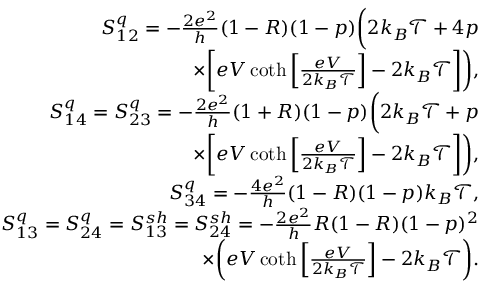
\begin{array} { r } { S _ { 1 2 } ^ { q } = - \frac { 2 e ^ { 2 } } { h } ( 1 - R ) ( 1 - p ) \bigg ( 2 k _ { B } \mathcal { T } + 4 p } \\ { \times \bigg [ e V \coth \left[ \frac { e V } { 2 k _ { B } \mathcal { T } } \right] - 2 k _ { B } \mathcal { T } \bigg ] \bigg ) , } \\ { S _ { 1 4 } ^ { q } = S _ { 2 3 } ^ { q } = - \frac { 2 e ^ { 2 } } { h } ( 1 + R ) ( 1 - p ) \bigg ( 2 k _ { B } \mathcal { T } + p } \\ { \times \bigg [ e V \coth \left[ \frac { e V } { 2 k _ { B } \mathcal { T } } \right] - 2 k _ { B } \mathcal { T } \bigg ] \bigg ) , } \\ { S _ { 3 4 } ^ { q } = - \frac { 4 e ^ { 2 } } { h } ( 1 - R ) ( 1 - p ) k _ { B } \mathcal { T } , } \\ { S _ { 1 3 } ^ { q } = S _ { 2 4 } ^ { q } = { S _ { 1 3 } ^ { s h } = S _ { 2 4 } ^ { s h } } = - \frac { 2 e ^ { 2 } } { h } R ( 1 - R ) ( 1 - p ) ^ { 2 } } \\ { \times \bigg ( e V \coth \left[ \frac { e V } { 2 k _ { B } \mathcal { T } } \right] - 2 k _ { B } \mathcal { T } \bigg ) . } \end{array}